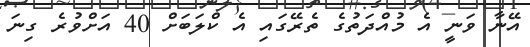
އޭނާ ވަނީ އެ މުއްދަތުގެ ތެރޭގައި އެ ކްލަބަށް 40 އަށްވުރެ ގިނަ